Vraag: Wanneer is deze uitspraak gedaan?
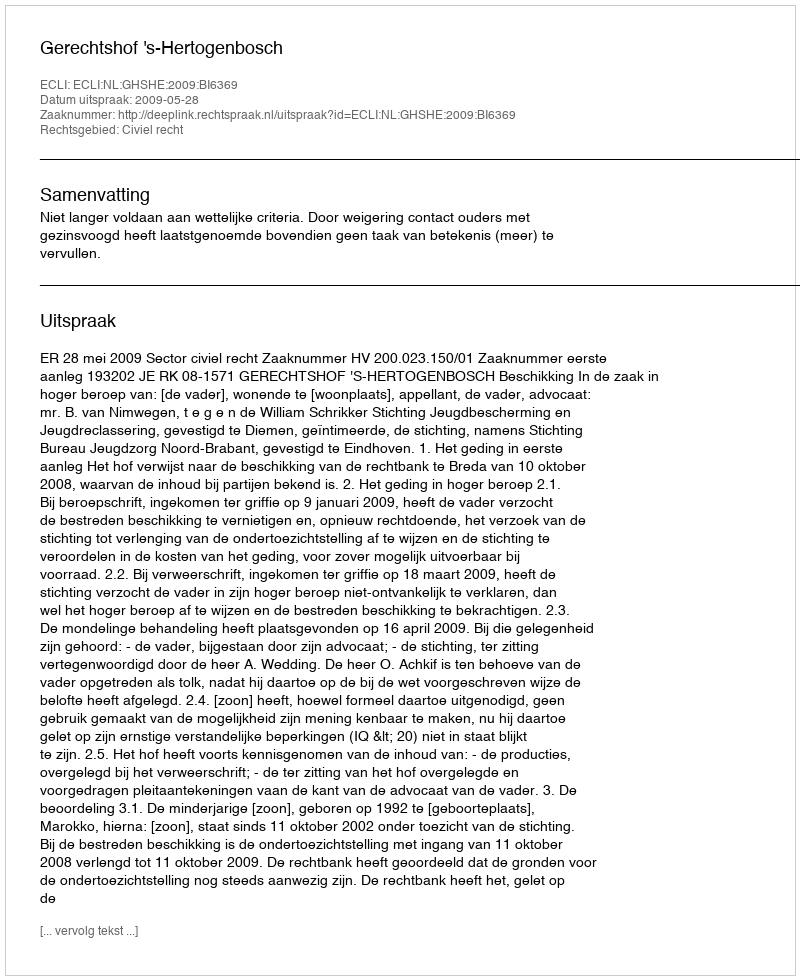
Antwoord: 2009-05-28